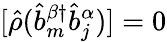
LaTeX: [\hat{\rho}(\hat{b}_{m}^{\beta\dagger}\hat{b}_{j}^{\alpha})]=0